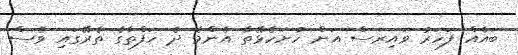
ބައެއް ފަހަރު ވައިރަސް އަށް ހުށަހެޅޭތާ އެންމެ ދެ ހަފްތާގެ ތެރޭގައި ވެސް